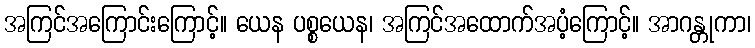
အကြင်အကြောင်းကြောင့်။ ယေန ပစ္စယေန၊ အကြင်အထောက်အပံ့ကြောင့်။ အာဂန္တုကာ၊